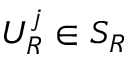
U _ { R } ^ { j } \in S _ { R }